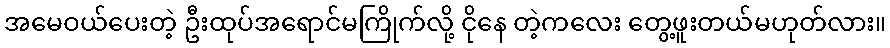
အမေဝယ်ပေးတဲ့ ဦးထုပ်အရောင်မကြိုက်လို့ ငိုနေ တဲ့ကလေး တွေ့ဖူးတယ်မဟုတ်လား။